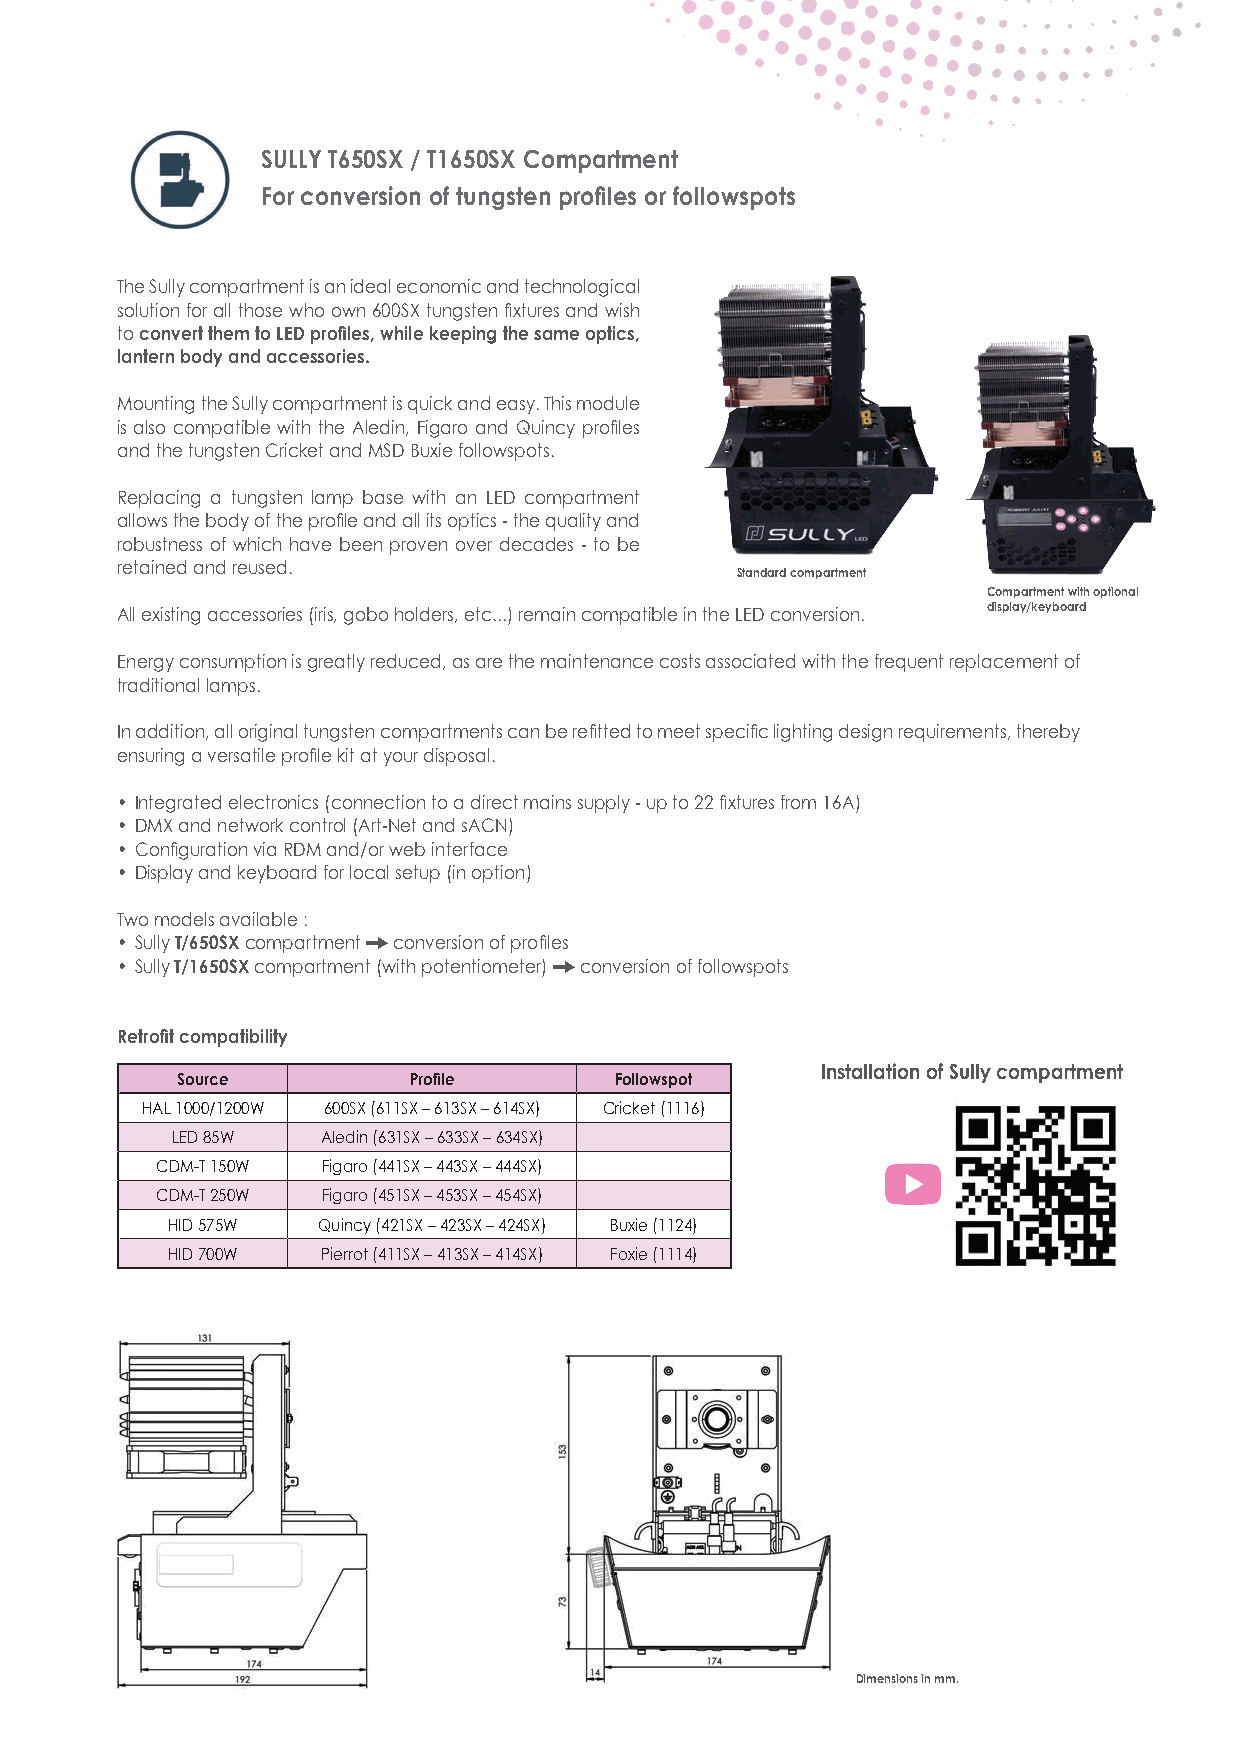
SULLY T650SX / T1650SX Compartment
 For conversion of tungsten profiles or followspots
 The Sully compartment is an ideal economic and technological
 solution for all those who own 600SX tungsten fixtures and wish
 to convert them to LED profiles, while keeping the same optics,
 lantern body and accessories.
 Mounting the Sully compartment is quick and easy. This module
 is also compatible with the Aledin, Figaro and Quincy profiles
 and the tungsten Cricket and MSD Buxie followspots.
 Replacing a tungsten lamp base with an LED compartment
 allows the body of the profile and all its optics - the quality and
 robustness of which have been proven over decades - to be
 retained and reused.
 Standard compartment
 Compartment with optional
 All existing accessories (iris, gobo holders, etc...) remain compatible in the LED conversion. display/keyboard
 Energy consumption is greatly reduced, as are the maintenance costs associated with the frequent replacement of
 traditional lamps.
 In addition, all original tungsten compartments can be refitted to meet specific lighting design requirements, thereby
 ensuring a versatile profile kit at your disposal.
 • Integrated electronics (connection to a direct mains supply - up to 22 fixtures from 16A)
 • DMX and network control (Art-Net and sACN)
 • Configuration via RDM and/or web interface
 • Display and keyboard for local setup (in option)
 Two models available :
 • Sully T/650SX compartment T conversion of profiles
 • Sully T/1650SX compartment (with potentiometer) T conversion of followspots
 Retrofit compatibility
 Installation of Sully compartment
 Source         Profile       Followspot
 HAL 1000/1200W 600SX (611SX – 613SX – 614SX) Cricket (1116)
 LED 85W   Aledin (631SX – 633SX – 634SX)
 CDM-T 150W Figaro (441SX – 443SX – 444SX)
 CDM-T 250W Figaro (451SX – 453SX – 454SX)
 HID 575W  Quincy (421SX – 423SX – 424SX) Buxie (1124)
 HID 700W  Pierrot (411SX – 413SX – 414SX) Foxie (1114)
 Dimensions in mm.